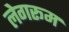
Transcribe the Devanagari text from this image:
लेगरूम